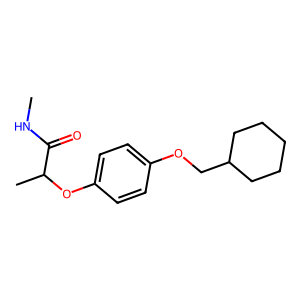
SMILES: CNC(=O)C(C)Oc1ccc(OCC2CCCCC2)cc1
Inhibits HIV replication: No